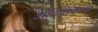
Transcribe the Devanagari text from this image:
अतिवीरराम